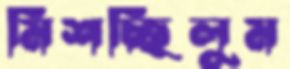
মিশচ্ছিলুম